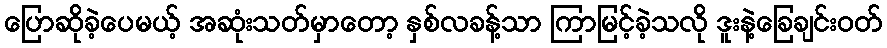
ပြောဆိုခဲ့ပေမယ့် အဆုံးသတ်မှာတော့ နှစ်လခန့်သာ ကြာမြင့်ခဲ့သလို ဒူးနဲ့ခြေချင်းဝတ်